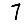
Digit: 7